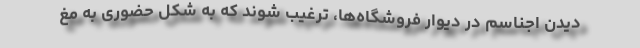
دیدن اجناسم در دیوار فروشگاه‌ها، ترغیب شوند که به شکل حضوری به مغ